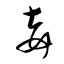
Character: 妾